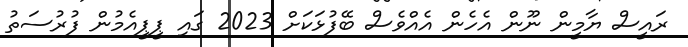
ރައީސް ޔާމީން ނޫން އެހެން އެއްވެސް ބޭފުޅަކަށް 2023 ގައި ޕީޕީއެމުން ފުރުސަތު